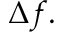
\Delta f .